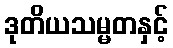
ဒုတိယသမ္မတနှင့်